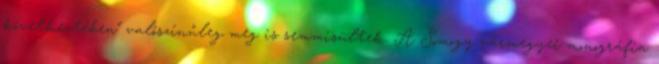
következtében" valószínűleg meg is semmisültek. A Somogy vármegyei monográfia